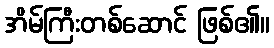
အိမ်ကြီးတစ်ဆောင် ဖြစ်၏။